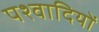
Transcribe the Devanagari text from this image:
पश्वादियों